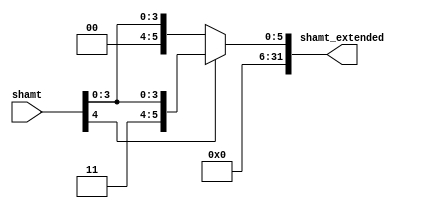
`timescale 1ns / 1ps
//////////////////////////////////////////////////////////////////////////////////
// Company: 
// Engineer: 
// 
// Design Name: 
// Module Name: SignExtension_5
// Project Name: 
// Target Devices: 
// Tool Versions: 
// Description: 
// 
// Dependencies: 
// 
// Revision:
// Revision 0.01 - File Created
// Additional Comments:
// 
//////////////////////////////////////////////////////////////////////////////////


module SignExtension_5(
    input [4:0] shamt,
    output reg [31:0] shamt_extended
    );
always @(shamt)
begin
if(shamt[4] == 0)
    shamt_extended <= {27'b0, shamt};
else
    shamt_extended <= {27'b1, shamt};
end
endmodule